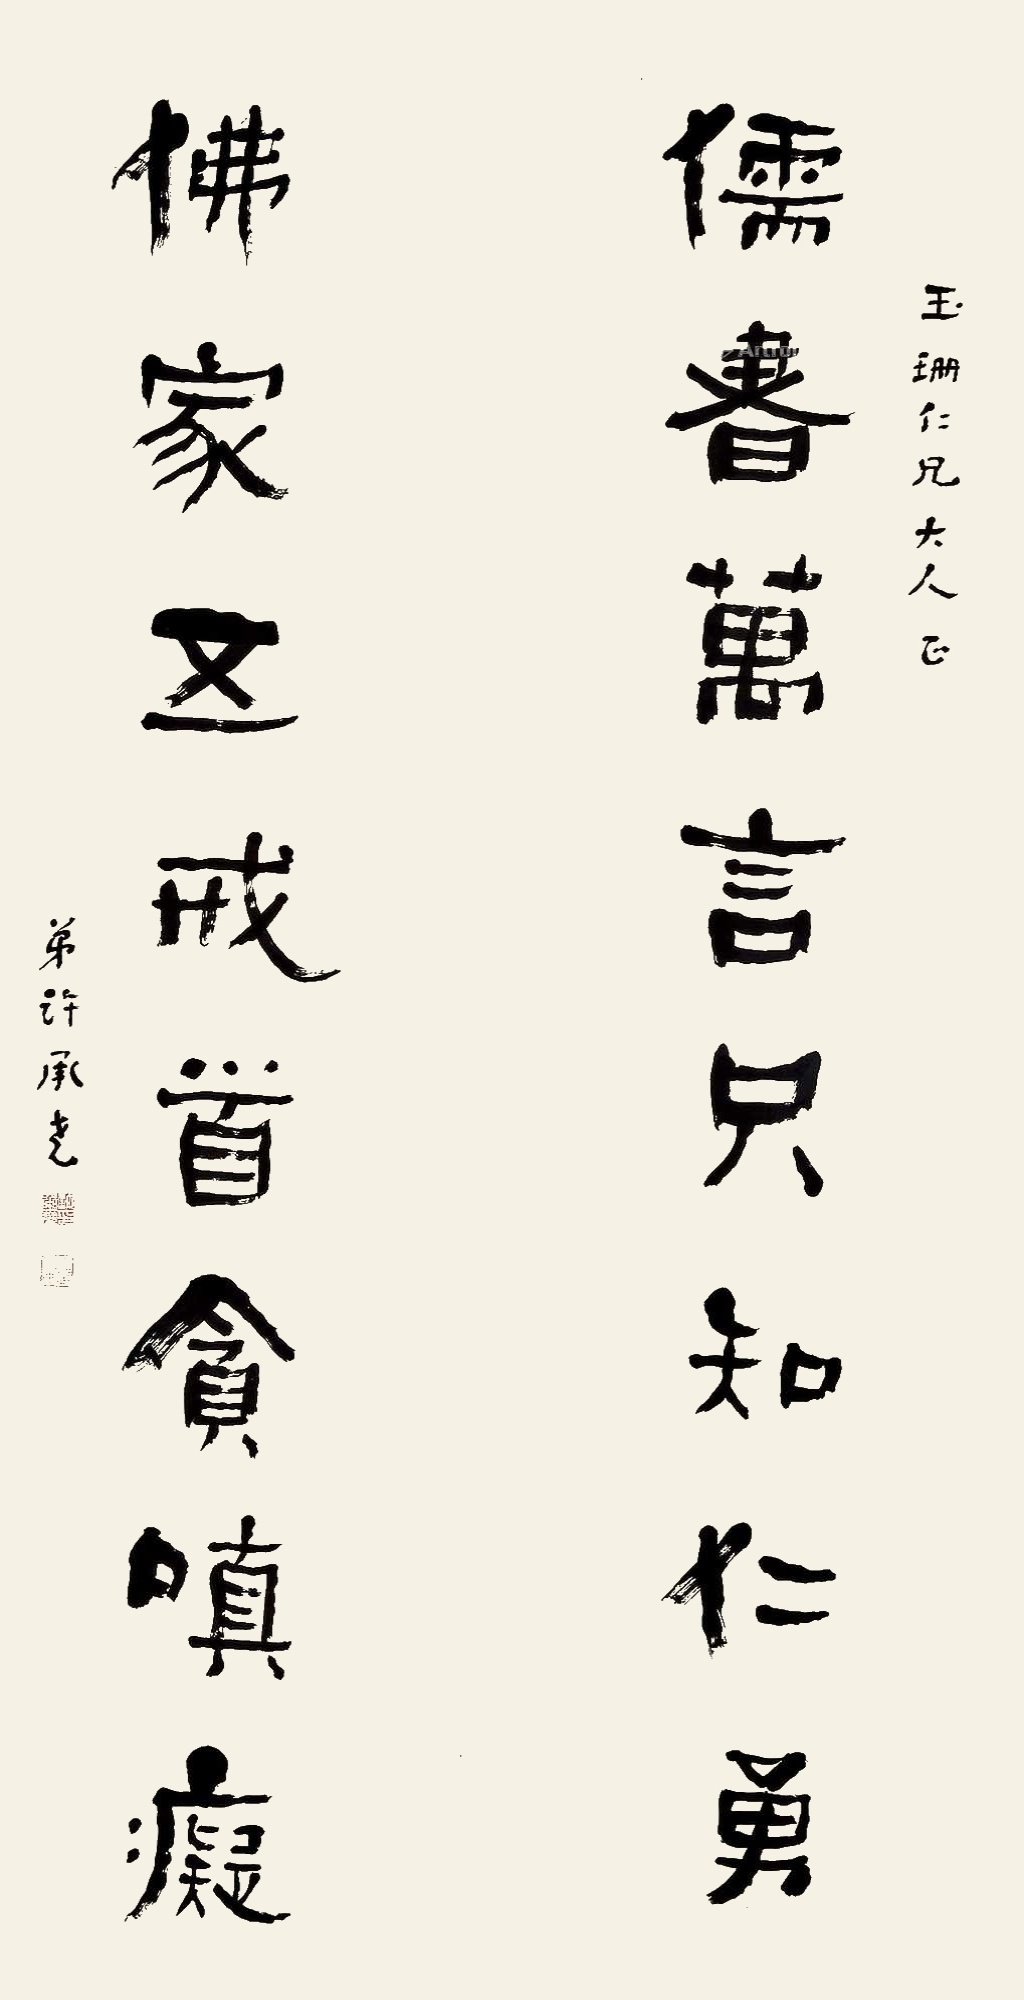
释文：儒书万言只知仁勇，佛家五戒首贪嗔痴。玉珊仁兄大人正，弟许承尧。